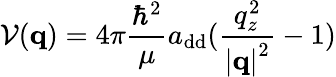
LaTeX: \mathcal{V}(\mathbf{q})=4\pi\frac{\hbar^{2}}{\mu}a_{\mathrm{{dd}}}(\frac{q_{z}^{2}}{\left|\mathbf{q}\right|^{2}}-1)